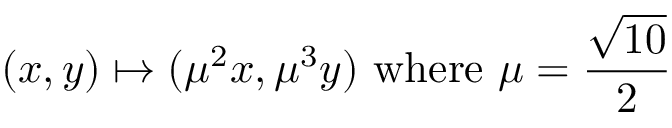
( x , y ) \mapsto ( \mu ^ { 2 } x , \mu ^ { 3 } y ) { \mathrm { ~ w h e r e ~ } } \mu = { \frac { \sqrt { 1 0 } } { 2 } }